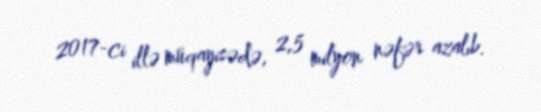
2017-ci illə müqayisədə, 2,5 milyon nəfər azalıb.